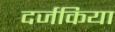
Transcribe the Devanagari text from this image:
दर्जकिया